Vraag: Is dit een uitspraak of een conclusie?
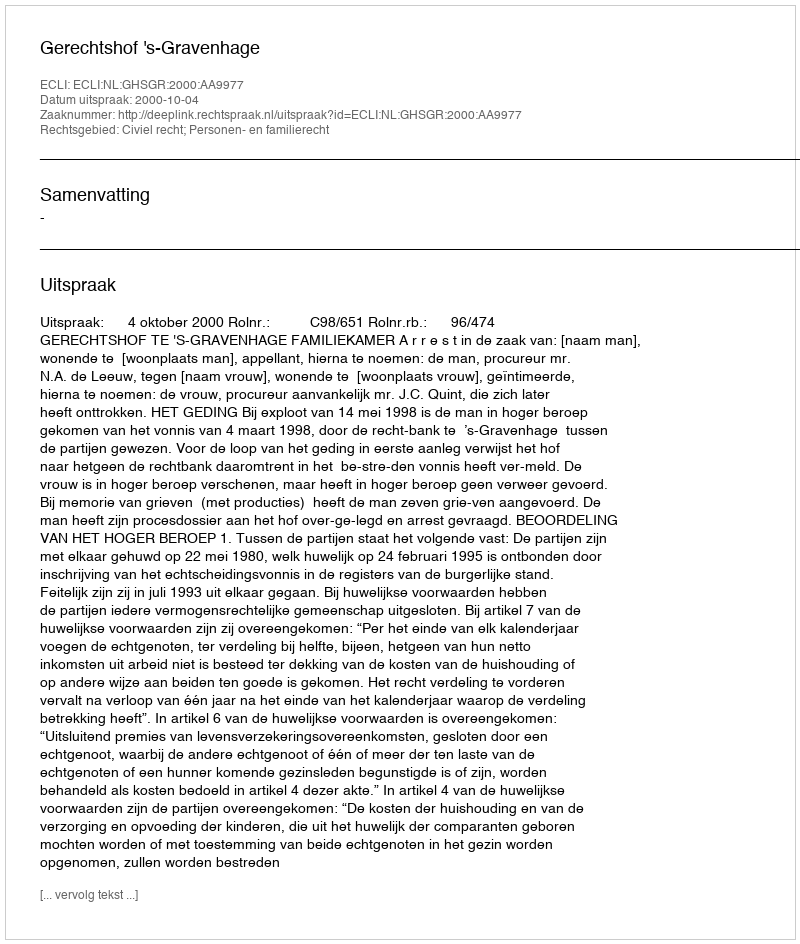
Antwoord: Uitspraak